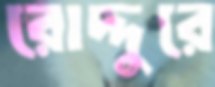
রোদ্দুরে